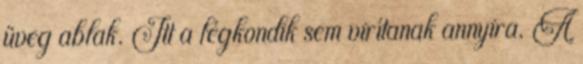
üveg ablak. Itt a légkondik sem virítanak annyira. A